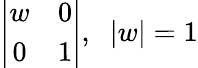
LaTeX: \left|\begin{array}{cc}{{w}}&{{0}}\\ {{0}}&{{1}}\end{array}\right|,\; \; |w|=1